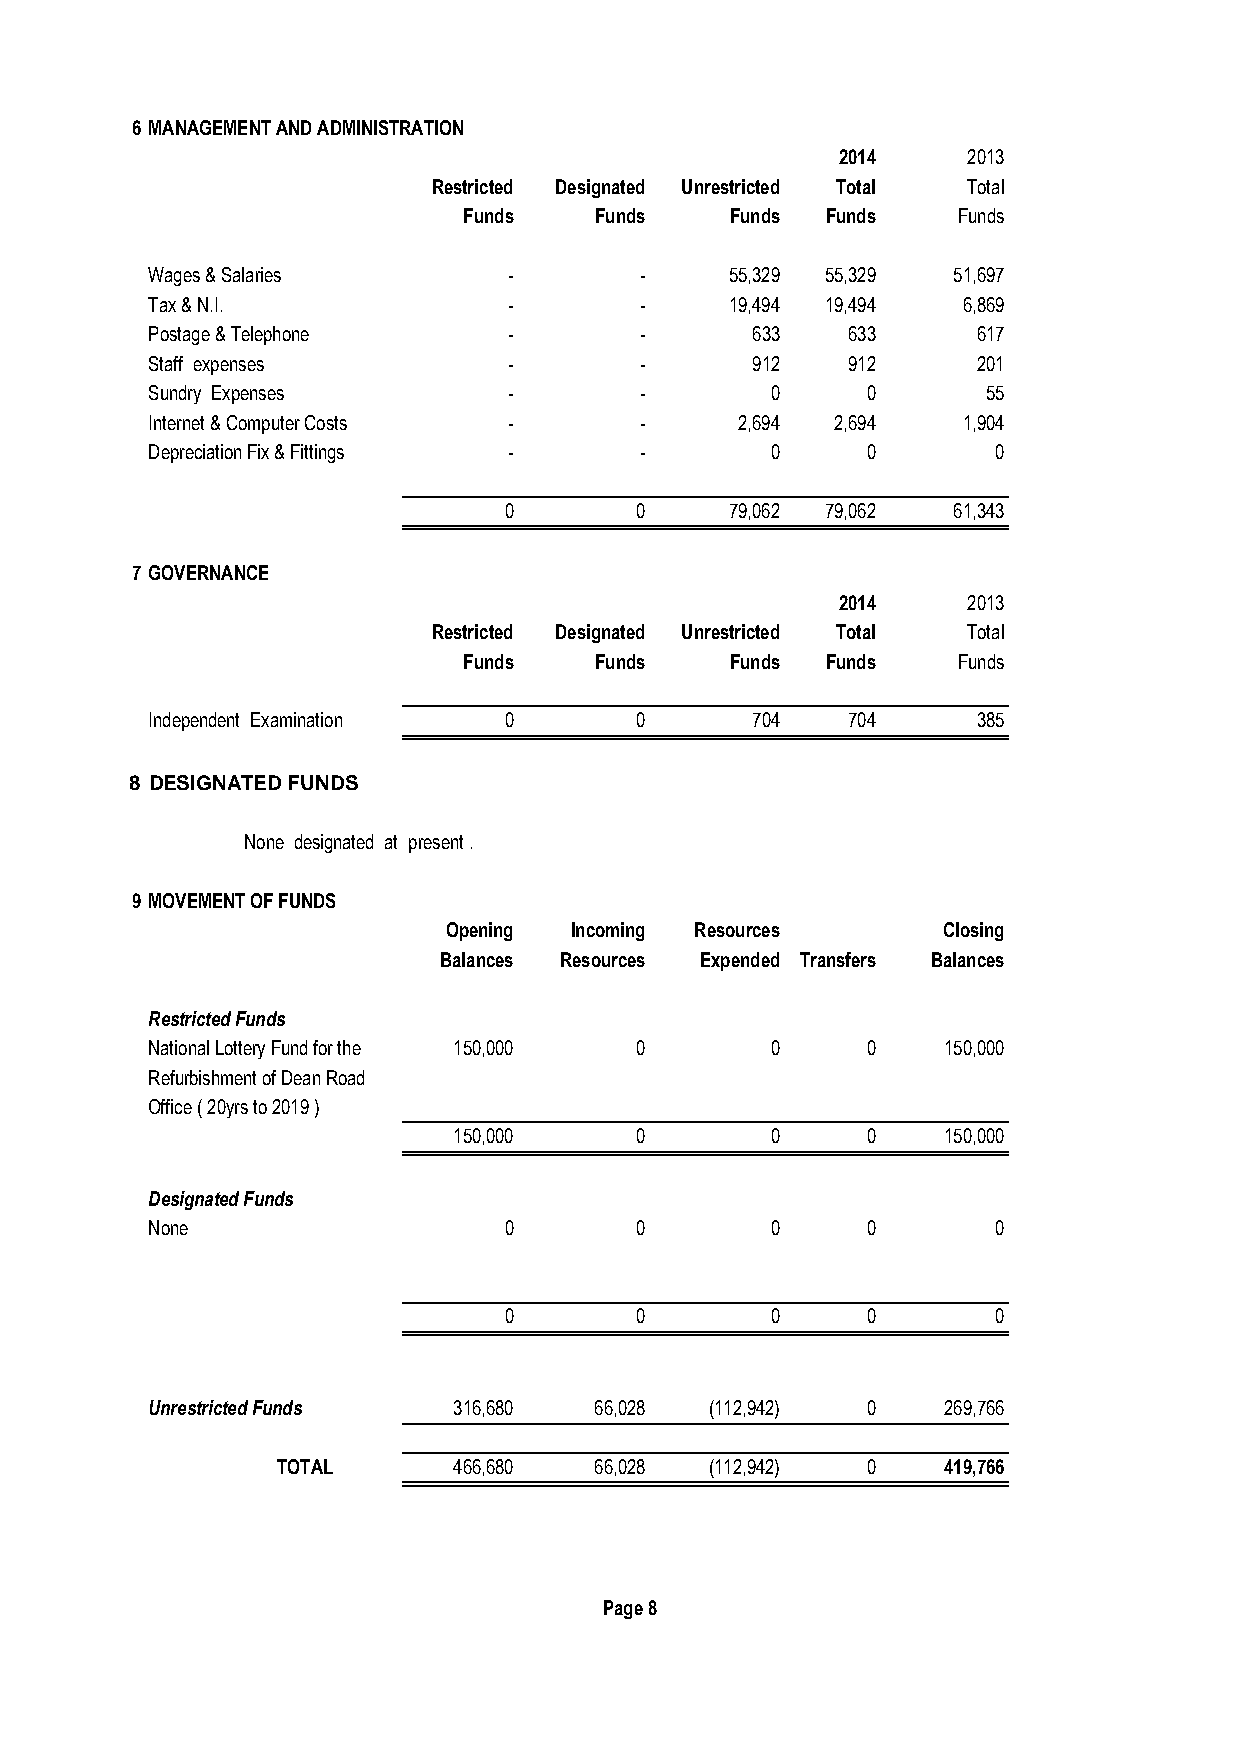
6 MANAGEMENT AND ADMINISTRATION
 2014     2013
 Restricted Designated Unrestricted Total Total
 Funds   Funds    Funds  Funds   Funds
 Wages & Salaries        -       -     55,329 55,329  51,697
 Tax & N.I.              -       -     19,494 19,494   6,869
 Postage & Telephone     -       -       633   633      617
 Staff expenses          -       -       912   912      201
 Sundry Expenses         -       -        0     0       55
 Internet & Computer Costs -     -      2,694 2,694    1,904
 Depreciation Fix & Fittings -   -        0     0        0
 0        0     79,062 79,062  61,343
 7 GOVERNANCE
 2014     2013
 Restricted Designated Unrestricted Total Total
 Funds   Funds    Funds  Funds   Funds
 Independent Examination 0       0       704   704      385
 8 DESIGNATED FUNDS
 None designated at present .
 9 MOVEMENT OF FUNDS
 Opening  Incoming Resources      Closing
 Balances Resources Expended Transfers Balances
 Restricted Funds
 National Lottery Fund for the 150,000 0  0     0    150,000
 Refurbishment of Dean Road
 Office ( 20yrs to 2019 )
 150,000     0        0     0    150,000
 Designated Funds
 None                   0        0        0     0        0
 0        0        0     0        0
 Unrestricted Funds  316,680  66,028  (112,942) 0    269,766
 TOTAL       466,680  66,028  (112,942) 0    419,766
 Page 8